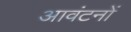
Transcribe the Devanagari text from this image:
आवंटनों